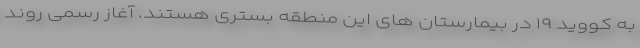
به کووید ۱۹ در بیمارستان های این منطقه بستری هستند. آغاز رسمی روند